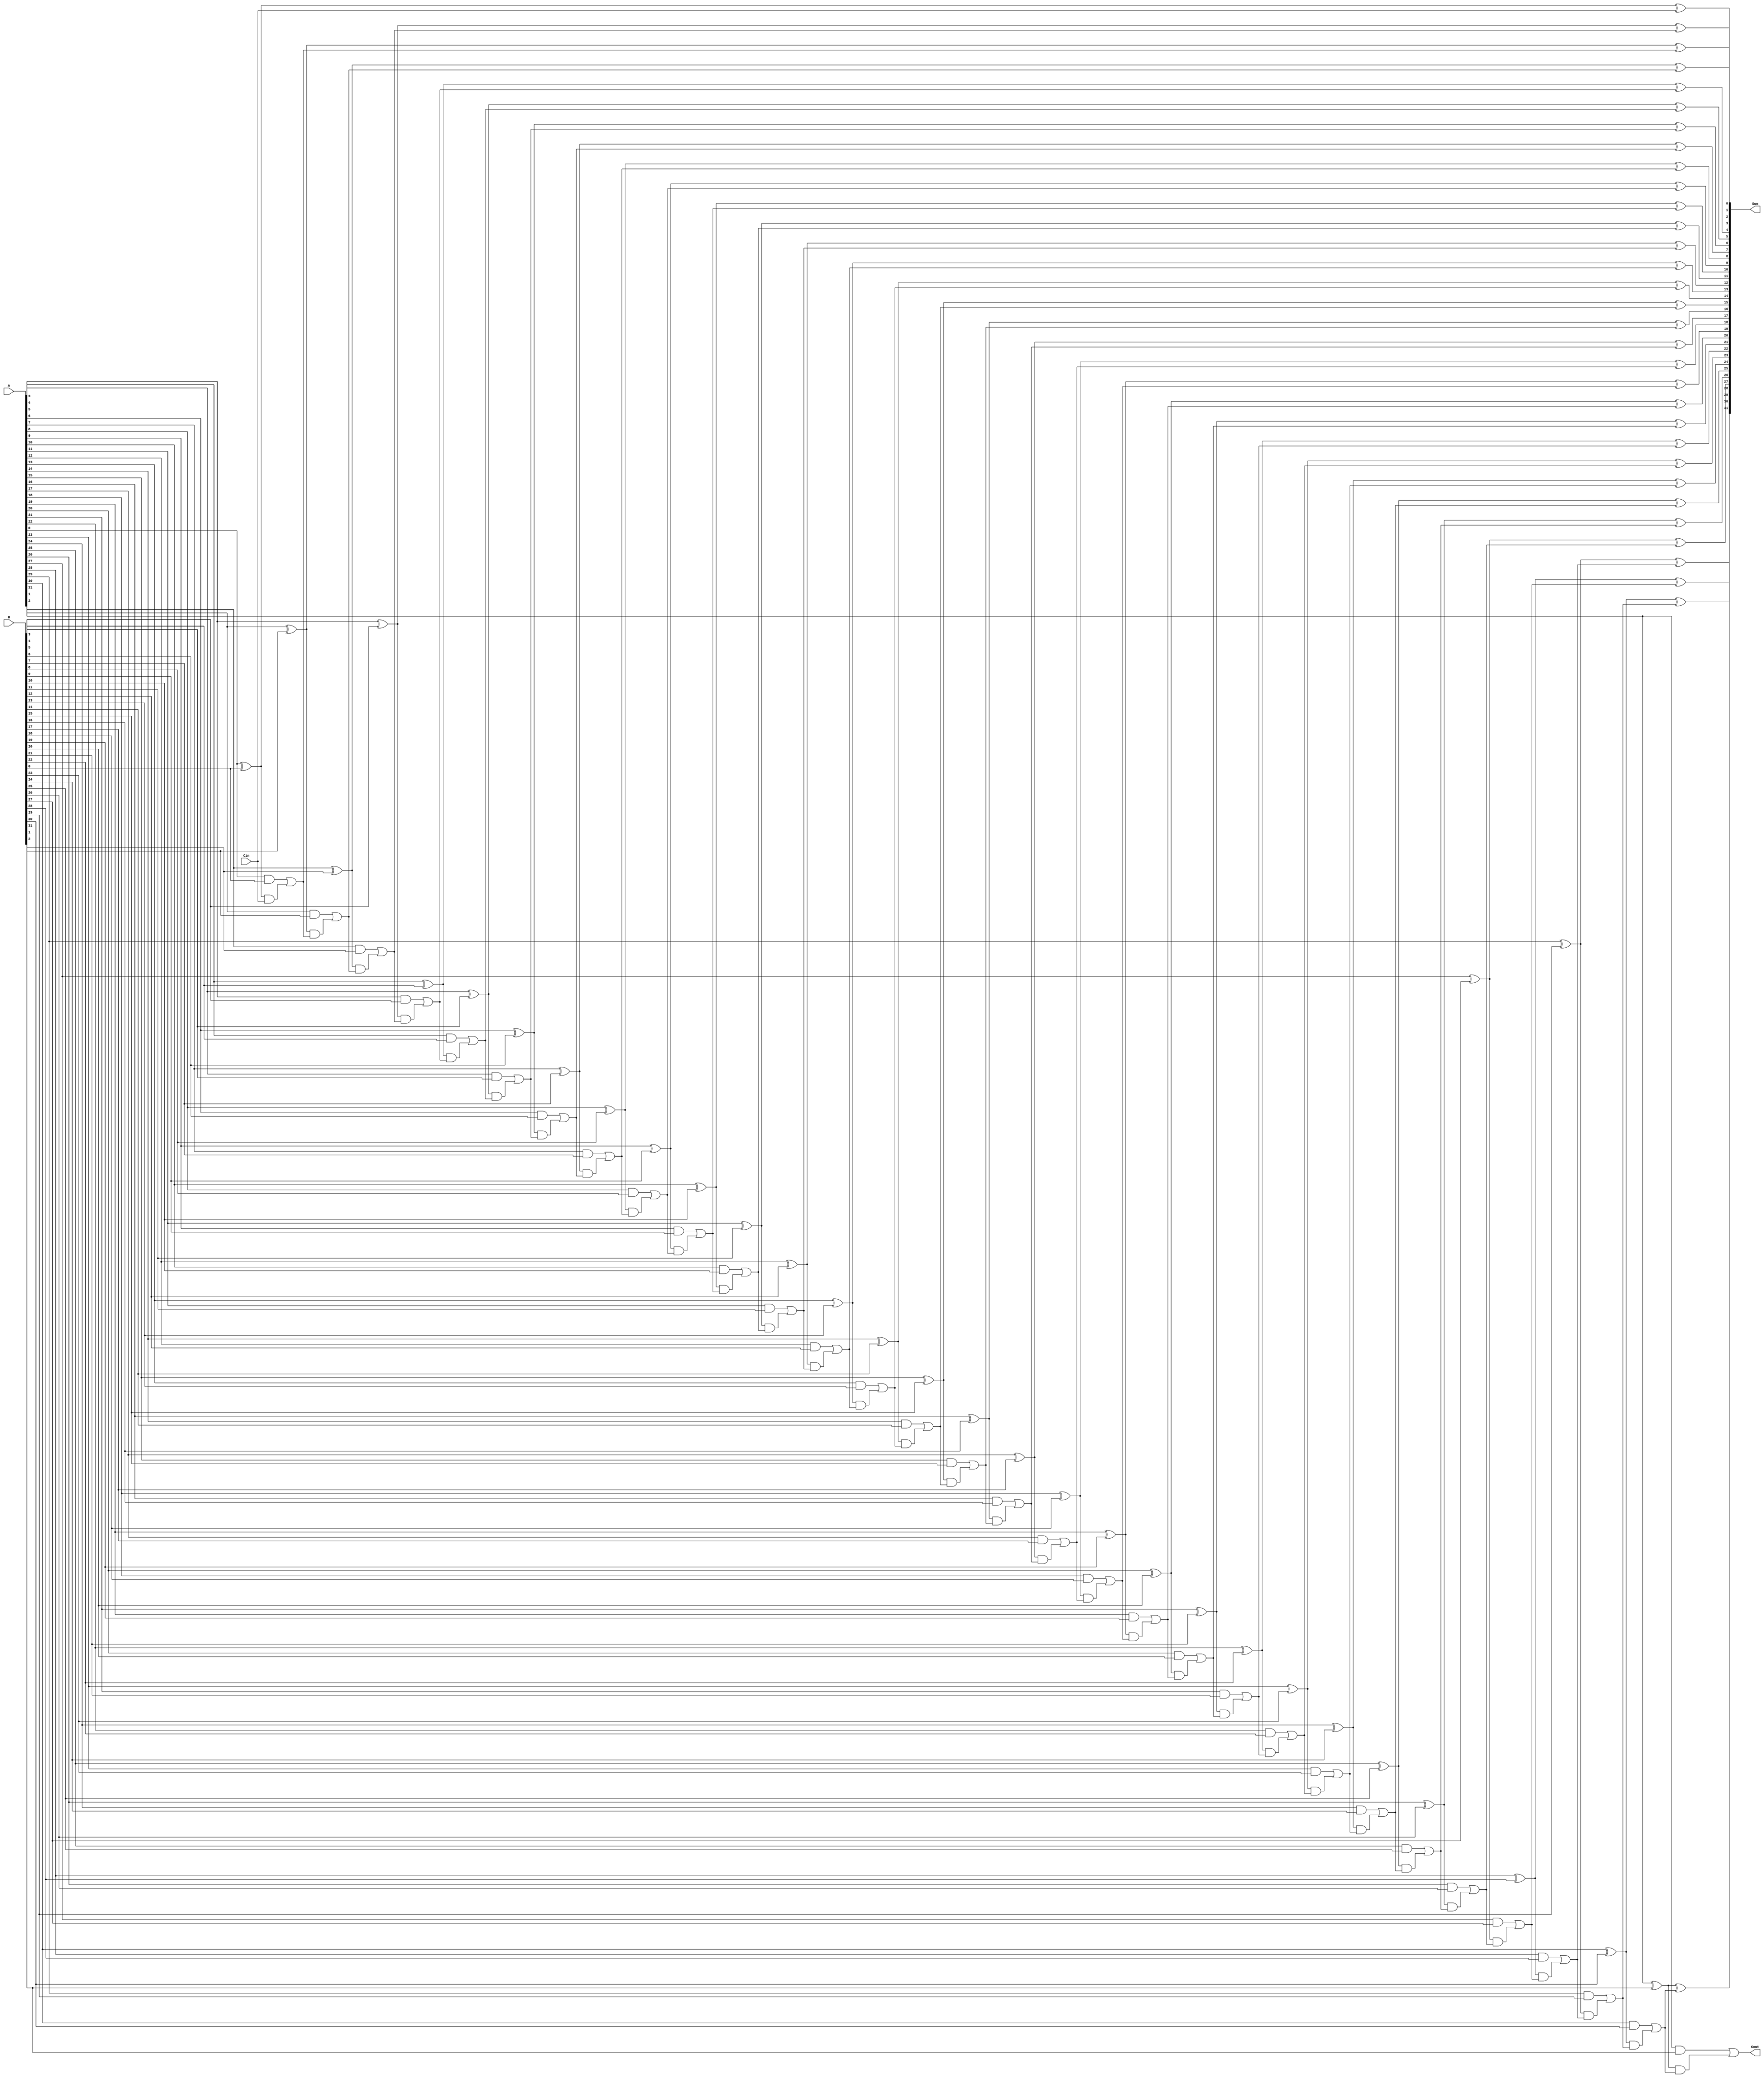
module CarryLookaheadAdder (
    input signed [31:0] A, 
    input signed [31:0] B, 
    input Cin,    
    output reg signed [31:0] Sum, 
    output Cout  
);

reg [31:0] G;
reg [31:0] P;
reg [32:0] Cins;

integer i;

always @* begin
    // Generate G and P
    for (i = 0; i < 32; i = i + 1) begin
        G[i] = A[i] & B[i];
        P[i] = A[i] ^ B[i];
    end

    // Generate Cins
    Cins[0] = Cin;
    for (i = 1; i < 32; i = i + 1) begin
        Cins[i] = G[i-1] | (P[i-1] & Cins[i-1]);
    end

    // Generate Sum
    for (i = 0; i < 32; i = i + 1) begin
        Sum[i] = P[i] ^ Cins[i];
    end
end

assign Cout = G[31] | (P[31] & Cins[31]);

endmodule